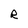
Character: R